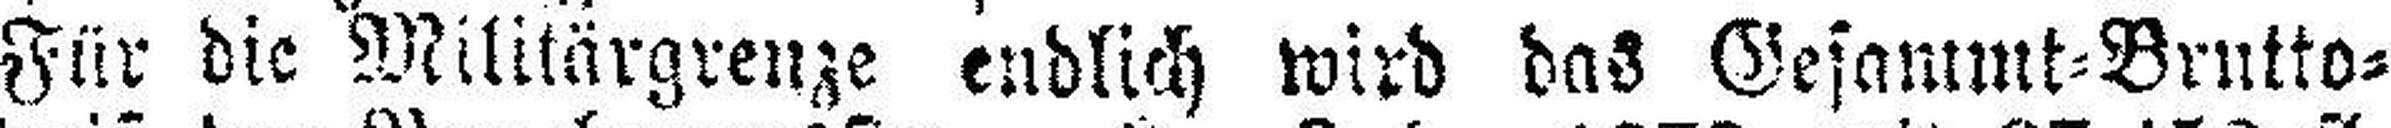
Für die Militärgrenze endlich wird das Gesammt=Brutto=